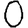
Digit: 0